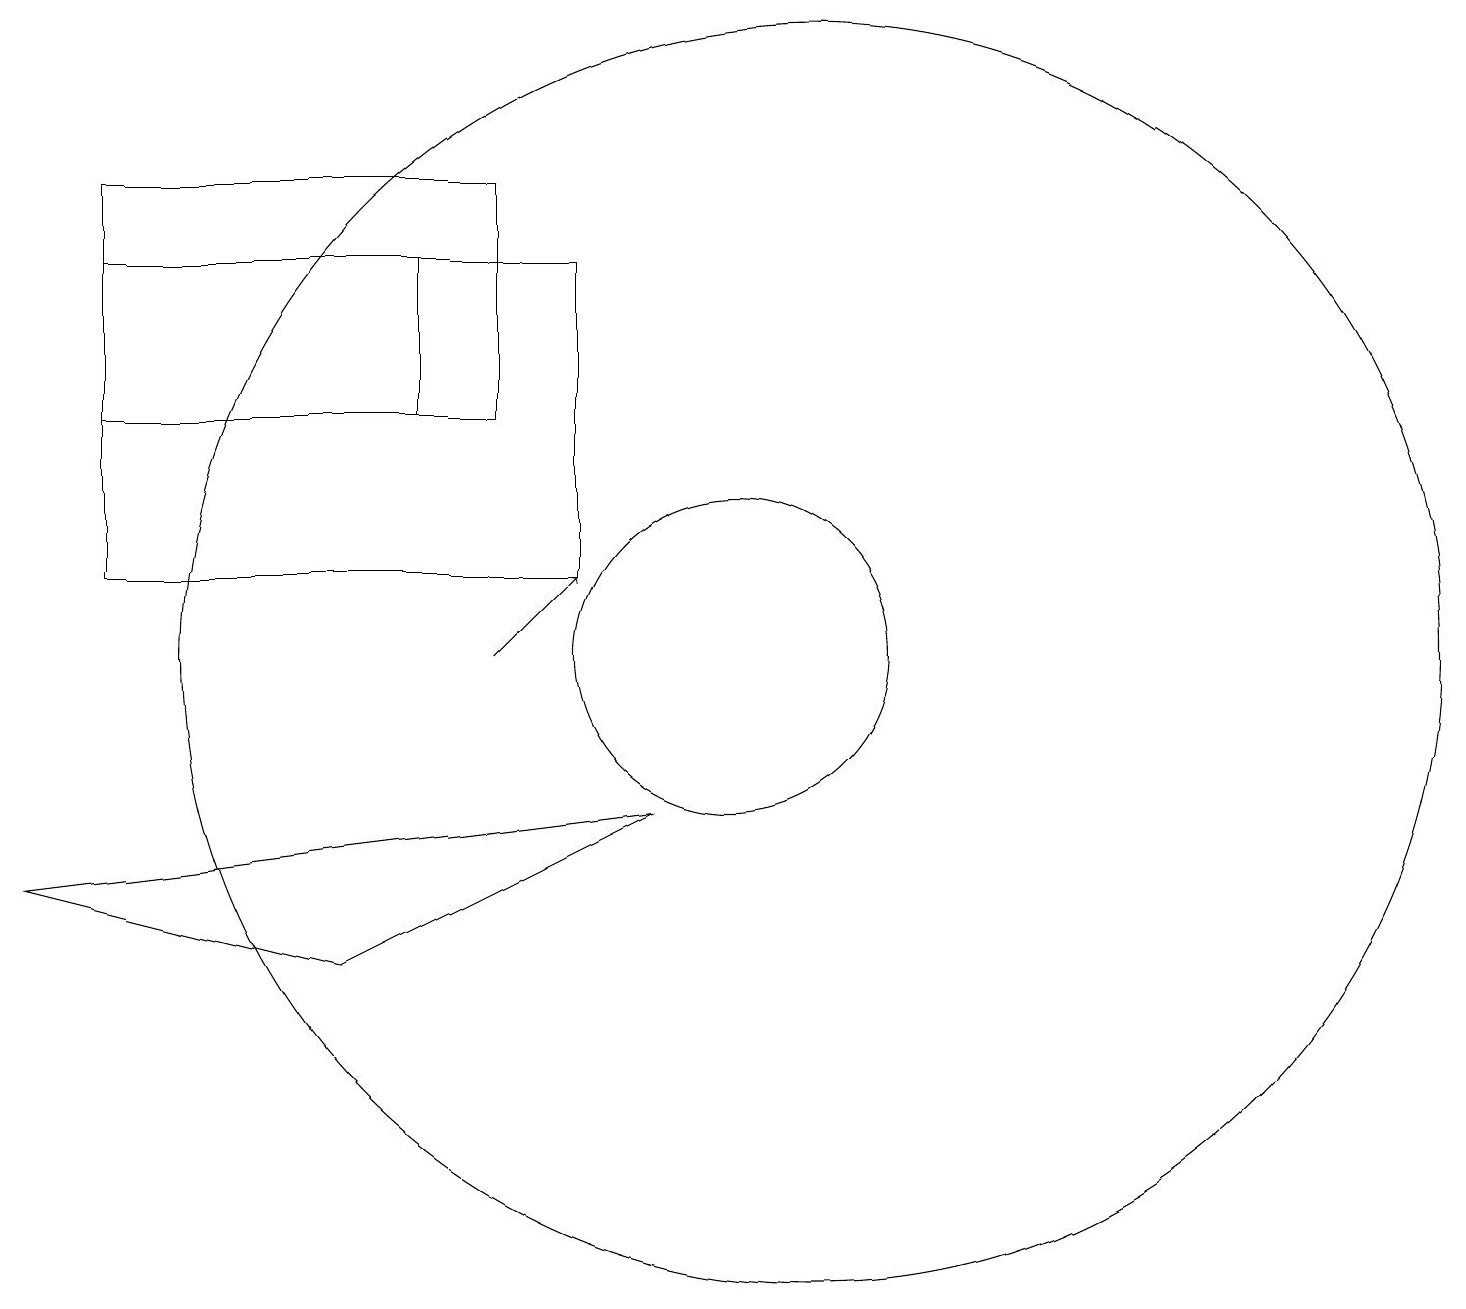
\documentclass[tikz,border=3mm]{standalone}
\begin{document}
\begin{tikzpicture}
\draw (7,13) rectangle (2,16);
\draw (9,8) -- (1,7) -- (5,6) -- cycle;
\draw (10,10) circle (2);
\draw (11,10) circle (8);
\draw (8,15) rectangle (2,11);
\draw (2,13) rectangle (6,15);
\draw[->] (7,10) -- (8,11);
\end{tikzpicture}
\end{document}